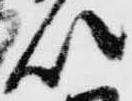
以